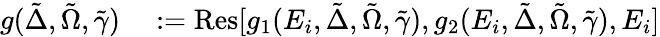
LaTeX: \begin{array}{rl}{g(\tilde{\Delta},\tilde{\Omega},\tilde{\gamma})}&{{}:=\mathrm{Res}[g_{1}(E_{i},\tilde{\Delta},\tilde{\Omega},\tilde{\gamma}),g_{2}(E_{i},\tilde{\Delta},\tilde{\Omega},\tilde{\gamma}),E_{i}]}\end{array}